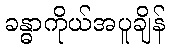
ခန္ဓာကိုယ်အပူချိန်